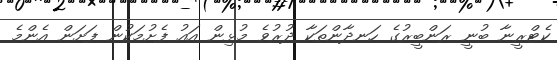
ކެޓްރީނާ ބުނީ ރަންބީރުގެ ހަނދާންތަކާ ދުރުވެ މުޅިން އައު ފެށުމަކުން ފަށަން އެންމެ